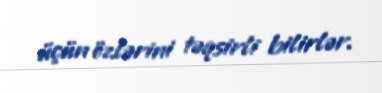
üçün özlərini təqsirli bilirlər.